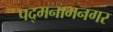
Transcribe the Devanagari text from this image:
पद्मनाभनगर